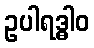
ဥပါရဒ္ဓါဝ